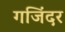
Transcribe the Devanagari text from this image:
गजिंदर